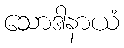
သောဒါနာယံ